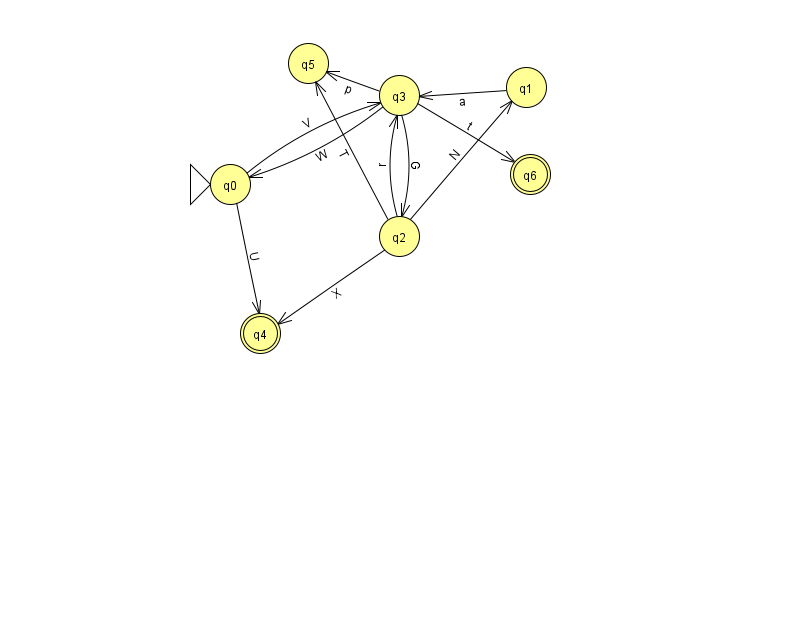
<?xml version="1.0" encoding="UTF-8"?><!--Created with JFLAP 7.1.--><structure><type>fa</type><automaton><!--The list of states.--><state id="0" name="q0"><x>230.0</x><y>171.0</y><initial/></state><state id="1" name="q1"><x>526.0</x><y>74.0</y></state><state id="2" name="q2"><x>399.0</x><y>223.0</y></state><state id="3" name="q3"><x>399.0</x><y>82.0</y></state><state id="4" name="q4"><x>260.0</x><y>320.0</y><final/></state><state id="5" name="q5"><x>308.0</x><y>50.0</y></state><state id="6" name="q6"><x>530.0</x><y>161.0</y><final/></state><!--The list of transitions.--><transition><from>0</from><to>3</to><read>V</read></transition><transition><from>3</from><to>2</to><read>G</read></transition><transition><from>1</from><to>3</to><read>a</read></transition><transition><from>3</from><to>0</to><read>W</read></transition><transition><from>3</from><to>6</to><read>t</read></transition><transition><from>2</from><to>3</to><read>r</read></transition><transition><from>2</from><to>4</to><read>X</read></transition><transition><from>2</from><to>1</to><read>N</read></transition><transition><from>0</from><to>4</to><read>U</read></transition><transition><from>2</from><to>5</to><read>T</read></transition><transition><from>3</from><to>5</to><read>p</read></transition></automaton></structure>